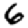
Digit: 6